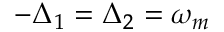
- \Delta _ { 1 } = \Delta _ { 2 } = \omega _ { m }